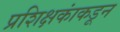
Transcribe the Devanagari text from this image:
प्रशिक्षकांकडून